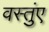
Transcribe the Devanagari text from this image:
वस्तुंए